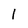
Character: l